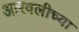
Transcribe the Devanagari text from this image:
आरवलीच्या